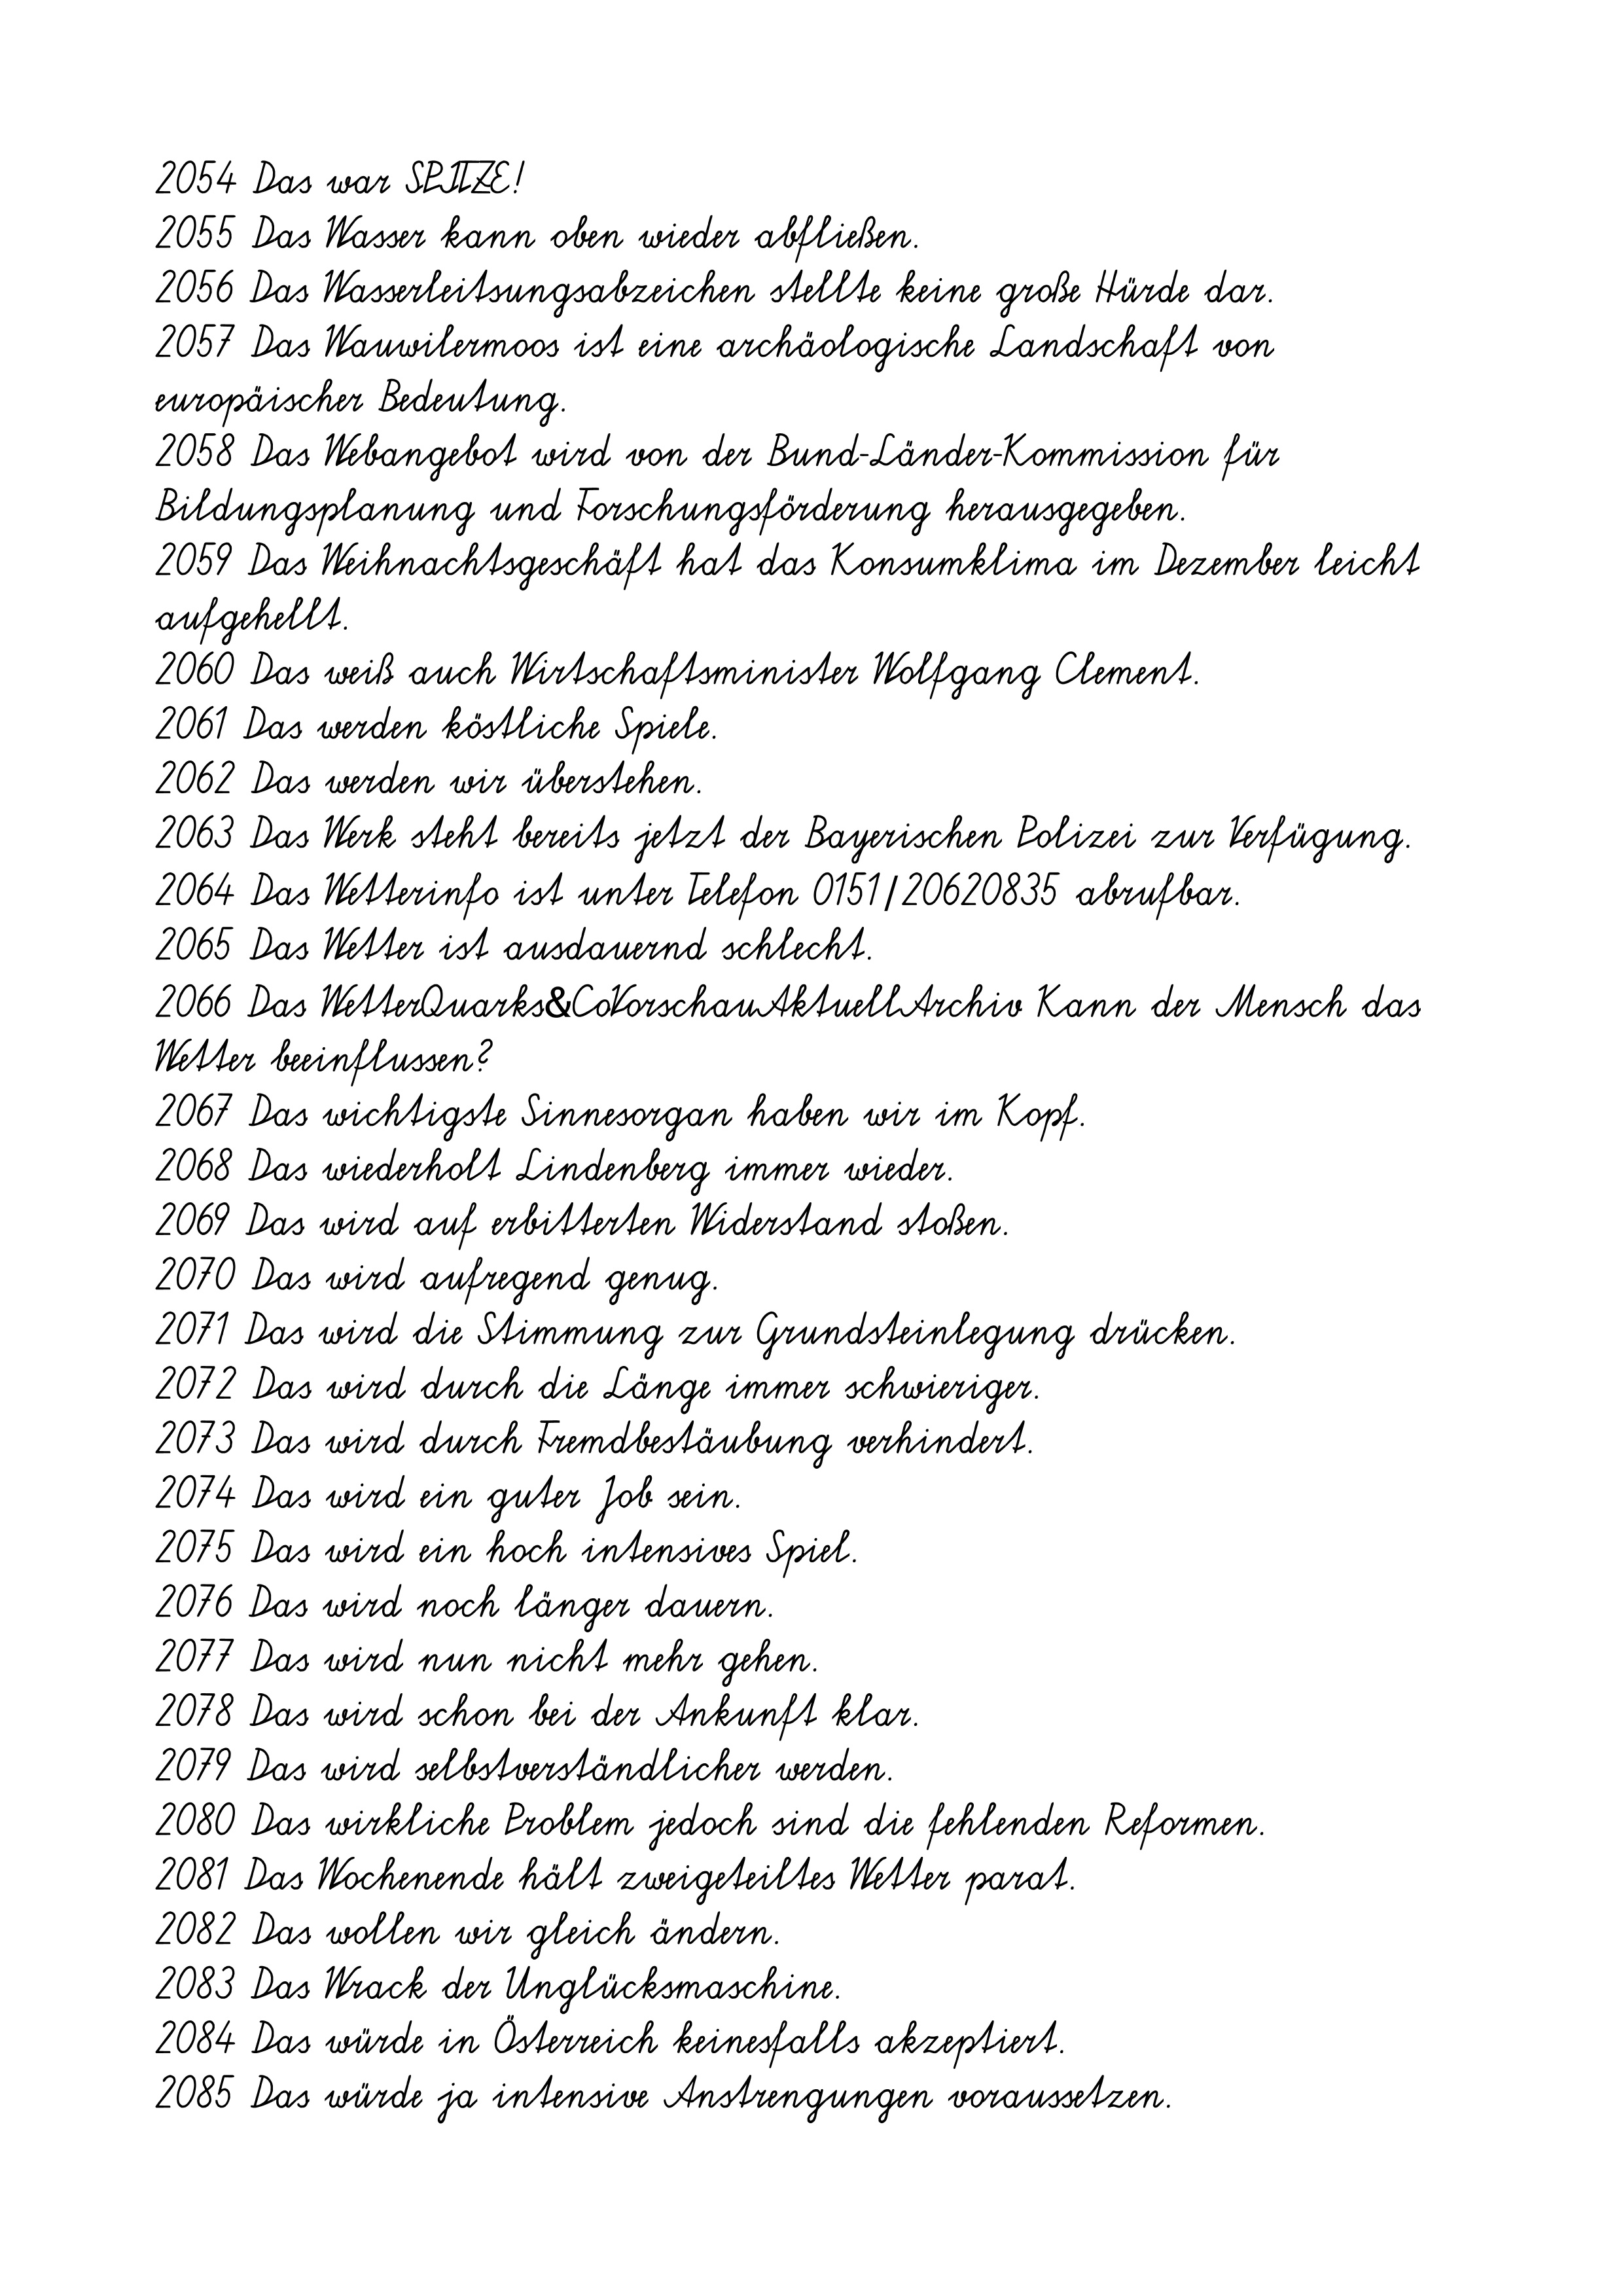
2054 Das war SPITZE!
2055 Das Wasser kann oben wieder abfließen.
2056 Das Wasserleitsungsabzeichen stellte keine große Hürde dar.
2057 Das Wauwilermoos ist eine archäologische Landschaft von
europäischer Bedeutung.
2058 Das Webangebot wird von der Bund-Länder-Kommission für
Bildungsplanung und Forschungsförderung herausgegeben.
2059 Das Weihnachtsgeschäft hat das Konsumklima im Dezember leicht
aufgehellt.
2060 Das weiß auch Wirtschaftsminister Wolfgang Clement.
2061 Das werden köstliche Spiele.
2062 Das werden wir überstehen.
2063 Das Werk steht bereits jetzt der Bayerischen Polizei zur Verfügung.
2064 Das Wetterinfo ist unter Telefon 0151/20620835 abrufbar.
2065 Das Wetter ist ausdauernd schlecht.
2066 Das WetterQuarks&CoVorschauAktuellArchiv Kann der Mensch das
Wetter beeinflussen?
2067 Das wichtigste Sinnesorgan haben wir im Kopf.
2068 Das wiederholt Lindenberg immer wieder.
2069 Das wird auf erbitterten Widerstand stoßen.
2070 Das wird aufregend genug.
2071 Das wird die Stimmung zur Grundsteinlegung drücken.
2072 Das wird durch die Länge immer schwieriger.
2073 Das wird durch Fremdbestäubung verhindert.
2074 Das wird ein guter Job sein.
2075 Das wird ein hoch intensives Spiel.
2076 Das wird noch länger dauern.
2077 Das wird nun nicht mehr gehen.
2078 Das wird schon bei der Ankunft klar.
2079 Das wird selbstverständlicher werden.
2080 Das wirkliche Problem jedoch sind die fehlenden Reformen.
2081 Das Wochenende hält zweigeteiltes Wetter parat.
2082 Das wollen wir gleich ändern.
2083 Das Wrack der Unglücksmaschine.
2084 Das würde in Österreich keinesfalls akzeptiert.
2085 Das würde ja intensive Anstrengungen voraussetzen.